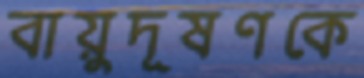
বায়ুদূষণকে